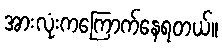
အားလုံးကကြောက်နေရတယ်။